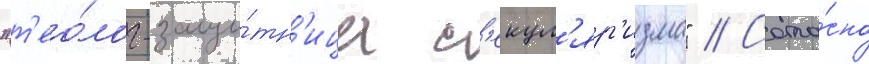
"т'ео́лог-защи́тн'ица с'екул'яр'изма" // Согла́сно